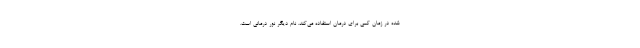
شده در زمان کمی برای درمان استفاده می‌کند. نام دیگر نور درمانی است.